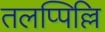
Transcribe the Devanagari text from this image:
तलप्पिल्लि